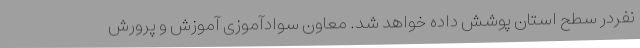
نفردر سطح استان پوشش داده خواهد شد. معاون سوادآموزی آموزش و پرورش